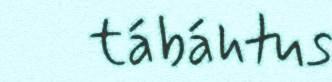
tábáhtus